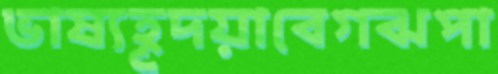
ভাষ্যহূদয়াবেগঝপা